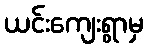
ယင်းကျေးရွာမှ